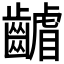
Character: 𮯑